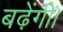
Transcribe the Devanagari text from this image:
बढ़ेंगी।